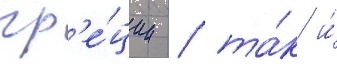
гр'е́ции / та́к и́